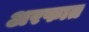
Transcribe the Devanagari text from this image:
अरफात